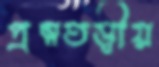
প্রত্নতত্ত্বীয়